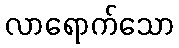
လာရောက်သော